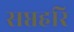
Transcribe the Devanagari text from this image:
सप्तहरि